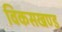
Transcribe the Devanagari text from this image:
विकसखण्ड